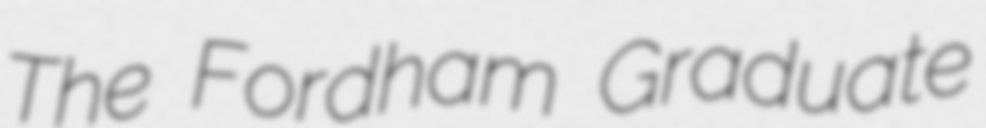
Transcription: The Fordham Graduate